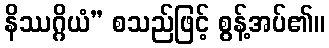
နိဿဂ္ဂိယံ” စသည်ဖြင့် စွန့်အပ်၏။